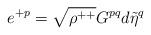
LaTeX: \begin{align*}e^{+p}=\sqrt{\rho^{++}}G^{pq}d{\tilde{\eta}}^{q}\end{align*}